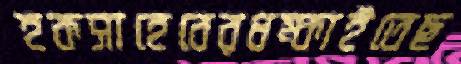
হকসাহেবেরধম্‌কাইতেছ